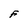
Character: F